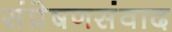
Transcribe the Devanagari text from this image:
संप्रेषणसंवाद